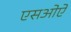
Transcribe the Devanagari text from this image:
एसओऐ